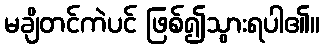
မချိတင်ကဲပင် ဖြစ်၍သွားရပါ၏။